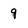
Character: 9